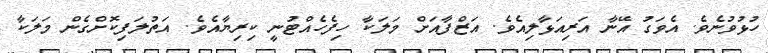
ހުޅުވުނެވެ. އެވަގު އޭނާ އަރިއަޅާލިއެވެ. އަޒްފާއަށް މަލަކާ ހިފެހެއްޓުނީ ކިރިޔާއެވެ. އަތުލަފިކޮށްގެން މަލަކާ